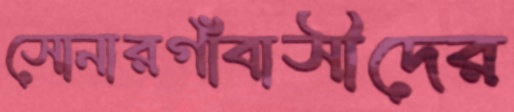
সোনারগাঁবাসীদের